Lunatic asylums Bombay report 1891-1903 - 1891-1903
Year: 1891
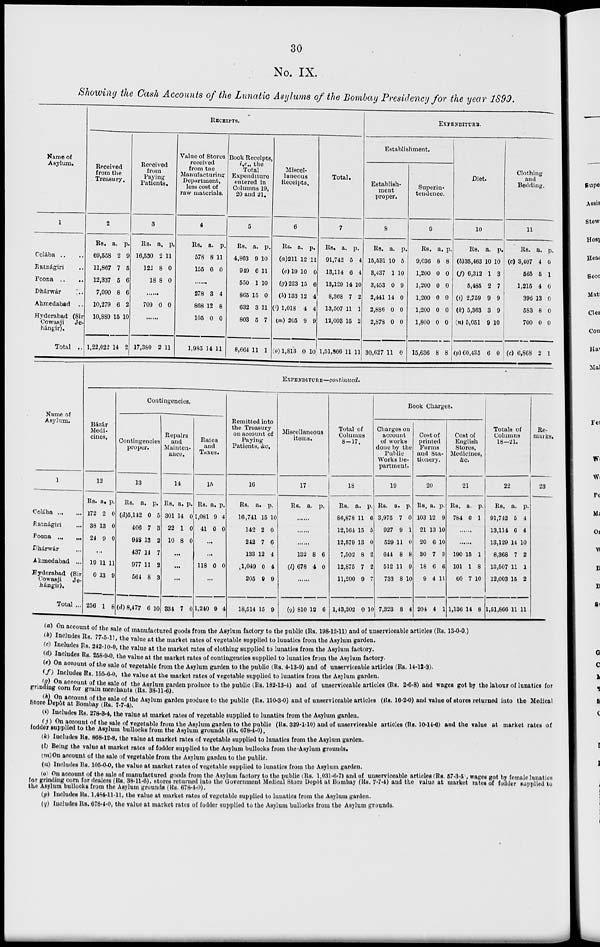
30
No. IX.
Showing the Cash Accounts of the Lunatic Asylums of the Bombay Presidency for the year 1899.
RECEIPTS.
Name of
Asylum.
1
Colába .. ..
Ratnágiri ..
Poona ..
..
Dhárwár
..
Ahmedabad ..
Hyderabad (Sir
Cowasji
Je-
hángir).
Total ..
Received
from the
Treasury.
2
Rs.
69,558
11,867
12,337
7,090
10,279
10,889
1,22,022
a.
2
7
5
8
6
15
14
p.
9
5
6
6
2
10
2
Received
from
Paying
Patients.
3
Rs.
16,530
122
18
a.
2
8
8
p.
11
0
0
......
709 0 0
......
17,380 2 11
Value of Stores
received
from tne
Manufacturing
Department,
less cost of
raw materials.
4
Rs.
578
155
a.
8
6
p.
11
0
......
278
868
105
1,985
3
12
0
14
4
8
0
11
Book Receipts,
i.e., the
Total
Expenditure
entered in
Columns 19,
20 and 21.
5
Rs.
4,863
949
550
865
632
803
8,664
a.
9
6
1
15
3
5
11
p.
10
11
10
0
11
7
1
Miscel-
laneous
Receipts.
6
Rs.
(a) 211
(e)19
(g)223
(h) 133
(i) 1,018
(m) 205
(o)1,813
a.
12
10
15
12
4
9
0
p.
11
0
6
4
4
9
10
Total.
7
Rs.
91,742
13,114
13,129
8,368
13,507
12,003
1,51,866
a.
5
6
14
7
11
15
11
p.
4
4
10
2
1
2
11
EXPENDITURE.
Establishment.
Establish-
ment
proper.
8
Rs.
15,531
3,437
3,453
2,441
2,886
2,878
30,627
a.
10
1
0
14
0
0
11
p.
5
10
9
0
0
0
0
Superin-
tendence.
9
Rs.
9,036
1,200
1,200
1,200
1,200
1,800
15,636
a.
8
0
0
0
0
0
8
p.
8
0
0
0
0
0
8
Diet.
10
Rs.
(b)35,463
(f) 6,312
5,485
(i) 2,759
(k) 5,363
(n) 5,051
(p) 60,435
a.
10
1
2
9
3
9
6
p.
10
3
7
9
9
10
0
Clothing
and
Bedding.
11
Rs.
(c) 3,407
565
1,215
396
583
700
(c) 6,868
a.
4
5
4
13
8
0
2
p.
0
1
0
0
0
0
1
EXPENDITURE—continued.
Name of
Asylum.
1
Colába ... ...
Ratnágiri ...
Poona
...
...
Dhárwár ...
Ahmedabad ...
Hyderabad (Sir
Cowasji
Je-
hángir).
Total ...
Bázár
Medi-
cines.
12
Rs.
172
38
24
a.
2
13
9
p.
0
0
0
...
19
0
256
11
13
1
11
9
8
Contingencies.
Contingencies
proper.
13
Rs.
(d)5,142
406
948
437
977
564
(d) 8,477
a.
0
7
13
14
11
8
6
p.
5
3
2
7
2
3
10
Repairs
and
Mainten-
ance.
14
Rs.
301
22
10
a.
14
1
8
p.
0
0
0
...
...
...
334 7 0
Rates
and
Taxes.
15
Rs.
1,081
41
a.
9
0
p.
4
0
...
...
118 0 0
...
l,240 9 4
Remitted into
the Treasury
on account of
Paying
Patients, &c.
16
Rs.
16,741
142
242
133
1,049
205
18,514
a.
15
2
7
12
0
9
15
p.
10
0
6
4
4
9
9
Miscellaneous
items.
17
Rs.
a.
p.
......
......
......
132
(l) 678
8
4
6
0
......
(g) 810 12 6
Total of
Columns
8-17.
18
Rs.
86,878
12,164
12,579
7,502
12,875
11,200
1,43,202
a.
11
15
13
8
7
9
0
p.
6
5
0
2
2
7
10
Book Charges.
Charges on
account
of works
done by the
Public
Works De-
partment.
19
Rs.
3,975
927
529
644
512
733
7,323
a.
7
9
11
8
11
8
8
p.
0
1
0
8
9
10
4
Cost of
printed
Forms
and Sta-
tionery.
20
Rs.
103
21
20
30
18
9
204
a.
12
13
6
7
6
4
4
p.
9
10
10
3
6
11
1
Cost of
English
Stores,
Medicines,
&c.
21
Rs.
784
a.
6
p.
1
.......
......
190
101
60
1,136
15
1
7
14
1
8
10
8
Totals of
Columns
18-21.
22
Rs.
91,742
13,114
13,129
8,368
13,507
12,003
1,51,866
a.
5
6
14
7
11
15
11
p.
4
4
10
2
1
2
11
Re-
marks.
23
(a) On account of the sale of manufactured goods from the Asylum factory to the public (Rs. 198-12-11) and of unserviceable articles (Rs. 13-0-0.)
(b) Includes Rs. 77-5-11, the value at the market rates of vegetable supplied to lunatics from the Asylum garden.
(c) Includes Rs. 242-10-0, the value at the market rates of clothing supplied to lunatics from the Asylum factory.
(d) Includes Rs. 258-9-0, the value at the market rates of contingencies supplied to lunatics from the Asylum factory.
(e) On account of the sale of vegetable from the Asylum garden to the public (Rs. 4-13-9) and of unserviceable articles (Rs. 14-12-3).
(f) Includes Rs. 155-6-0, the value at the market rates of vegetable supplied to lunatics from the Asylum garden.
(g) On account of the sale of the Asylum garden produce to the public (Rs. 182-13-4) and of unserviceable articles (Rs. 2-6-8) and wages got by the labour of lunatics for
grinding corn for grain merchants (Rs. 38-11-6).
(h) On account of the sale of the Asylum garden produce to the public (Rs. 110-3-0) and of unserviceable articles (Rs. 16-2-0) and value of stores returned into the Medical
Store Depôt at Bombay (Rs. 7-7-4).
(i) Includes Rs. 278-3-4, the value at market rates of vegetable supplied to lunatics from the Asylum garden.
(j) On account of the sale of vegetable from the Asylum garden to the public (Rs. 329-1-10) and of unserviceable articles (Rs. 10-14-6) and the value at market rates of
fodder supplied to the Asylum bullocks from the Asylum grounds (Rs. 678-4-0).
(k) Includes Rs. 868-12-8, the value at market rates of vegetable supplied to lunatics from the Asylum garden.
(l) Being the value at market rates of fodder supplied to the Asylum bullooks from the Asylum grounds.
(m)On account of the sale of vegetable from the Asylum garden to the public.
(n) Includes Rs. 105-0-0, the value at market rates of vegetable supplied to lunatics from the Asylum garden.
(o) On account of the sale of manufactured goods from the Asylum factory to the public (Rs. 1,031-6-7) and of unserviceable articles (Rs. 57-3-5), wages got by female lunatics
for grinding corn for dealers (Rs. 38-11-6), stores returned into the Government Medical Store Dopôt at Bombay (Rs. 7-7-4) and the value at market rates of fodder supplied to
the Asylum bullocks from the Asylum grounds (Rs. 678-4-0).
(p) Includes Rs. 1,484-11-11, the value at market rates of vegetable supplied to lunatics from the Asylum garden.
(q) Includes Rs. 678-4-0, the value at market rates of fodder supplied to the Asylum bullocks from the Asylum grounds.